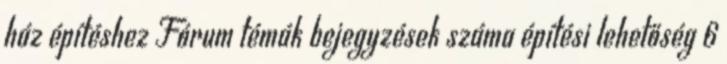
ház építéshez Fórum témák bejegyzések száma építési lehetőség 6